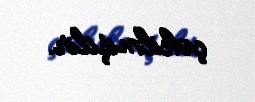
çəkilmişdir.